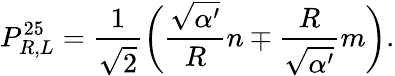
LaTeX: P_{R,L}^{25}=\frac{1}{\sqrt{2}}\bigg(\frac{\sqrt{\alpha^{\prime}}}{R}n\mp\frac{R}{\sqrt{\alpha^{\prime}}}m\bigg).